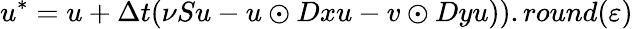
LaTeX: u^{*}=u+\Delta t(\nu Su-u\odot Dxu-v\odot Dyu)).round(\varepsilon)